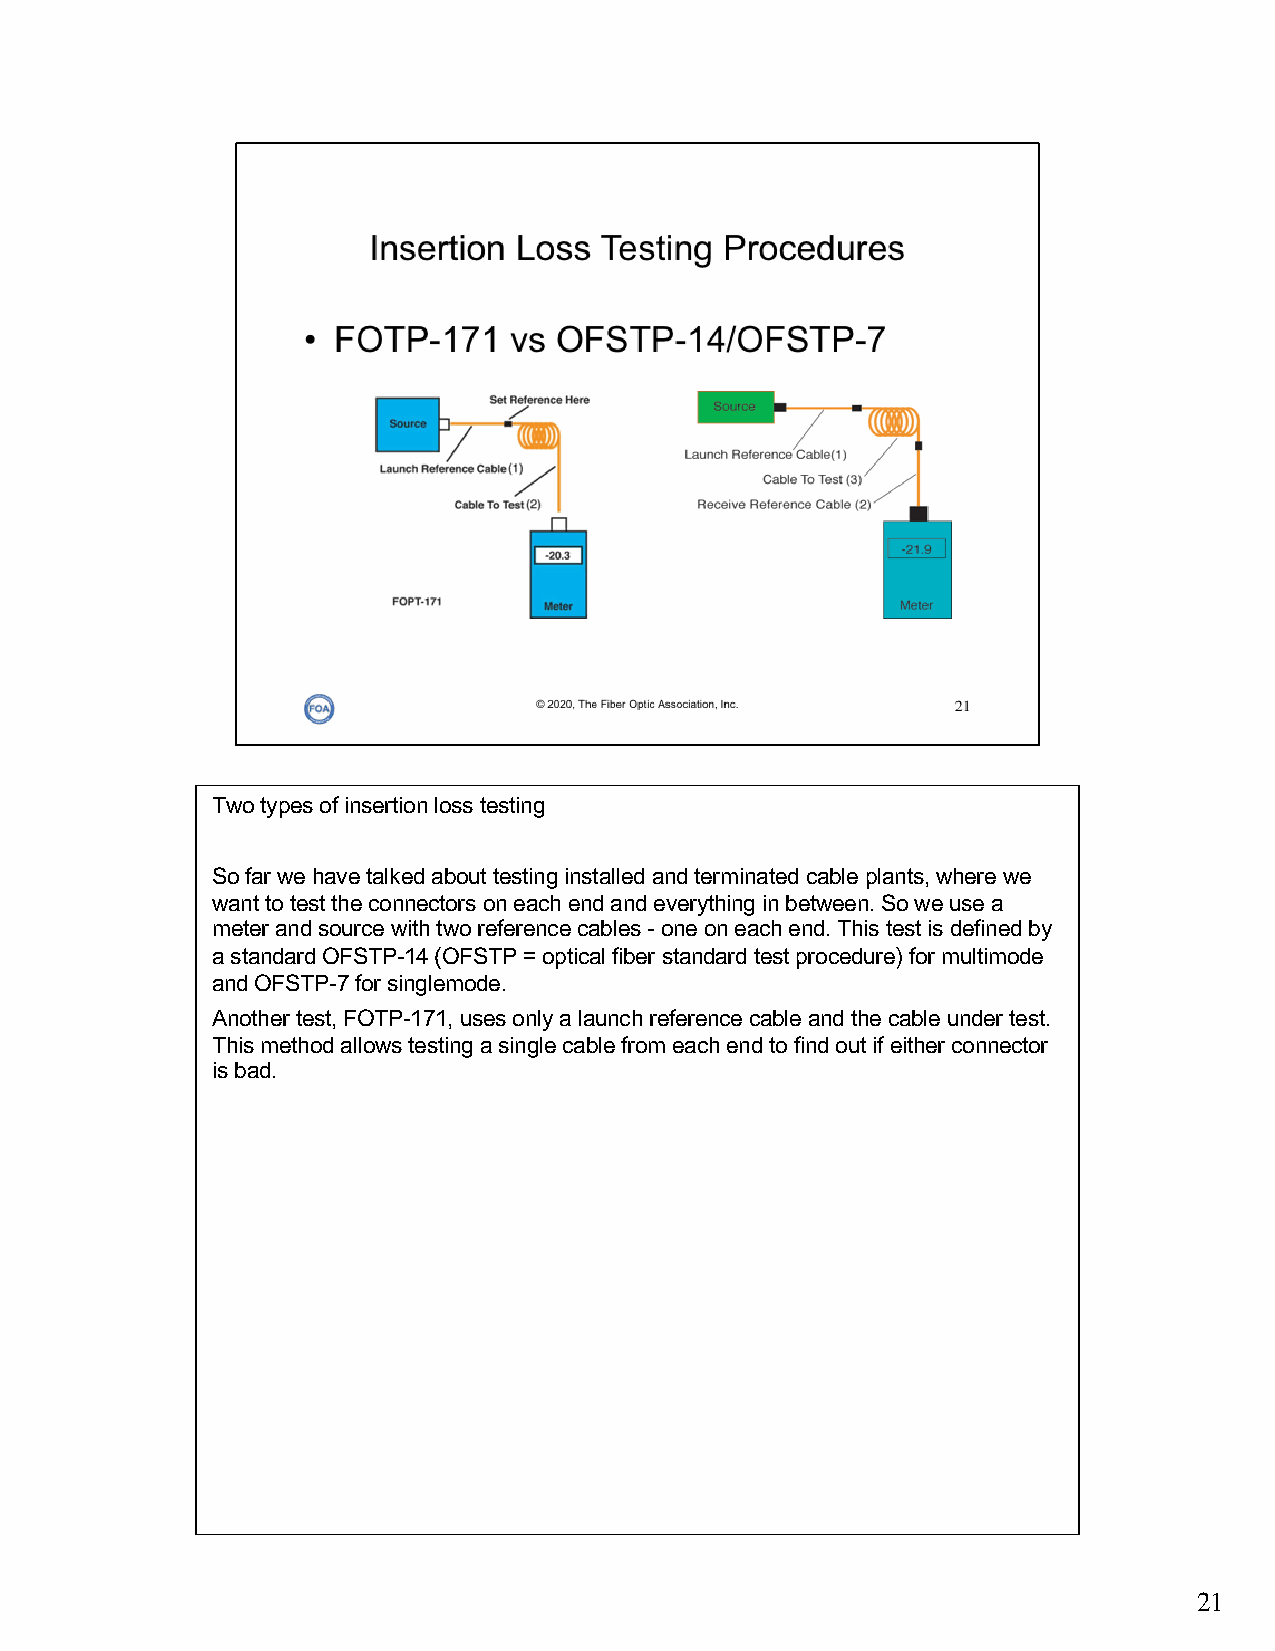
Two types of insertion loss testing
 So far we have talked about testing installed and terminated cable plants, where we
 want to test the connectors on each end and everything in between. So we use a
 meter and source with two reference cables -one on each end. This test is defined by
 a standard OFSTP-14 (OFSTP = optical fiber standard test procedure) for multimode
 and OFSTP-7 for singlemode.
 Another test, FOTP-171, uses only a launch reference cable and the cable under test.
 This method allows testing a single cable from each end to find out if either connector
 is bad.
 21